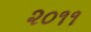
૨૦૧૧